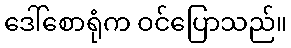
ဒေါ်စောရုံက ဝင်ပြောသည်။